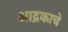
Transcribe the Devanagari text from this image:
आद्रकाचे